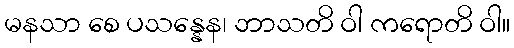
မနသာ စေ ပသန္နေန၊ ဘာသတိ ဝါ ကရောတိ ဝါ။